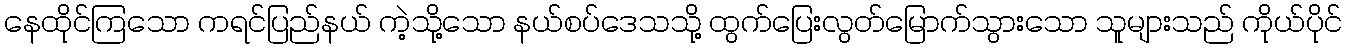
နေထိုင်ကြသော ကရင်ပြည်နယ် ကဲ့သို့သော နယ်စပ်ဒေသသို့ ထွက်ပြေးလွတ်မြောက်သွားသော သူများသည် ကိုယ်ပိုင်